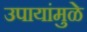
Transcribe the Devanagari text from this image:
उपायांमुळे